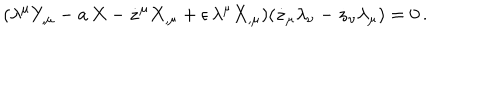
LaTeX: ( \lambda ^ { \mu } Y _ { , \mu } - a \, X - \dot { z } ^ { \mu } X _ { , \mu } + \epsilon \, \lambda ^ { \mu } X _ { , \mu } ) ( \dot { z } _ { \mu } \lambda _ { \nu } - \dot { z } _ { \nu } \lambda _ { \mu } ) = 0 \, .